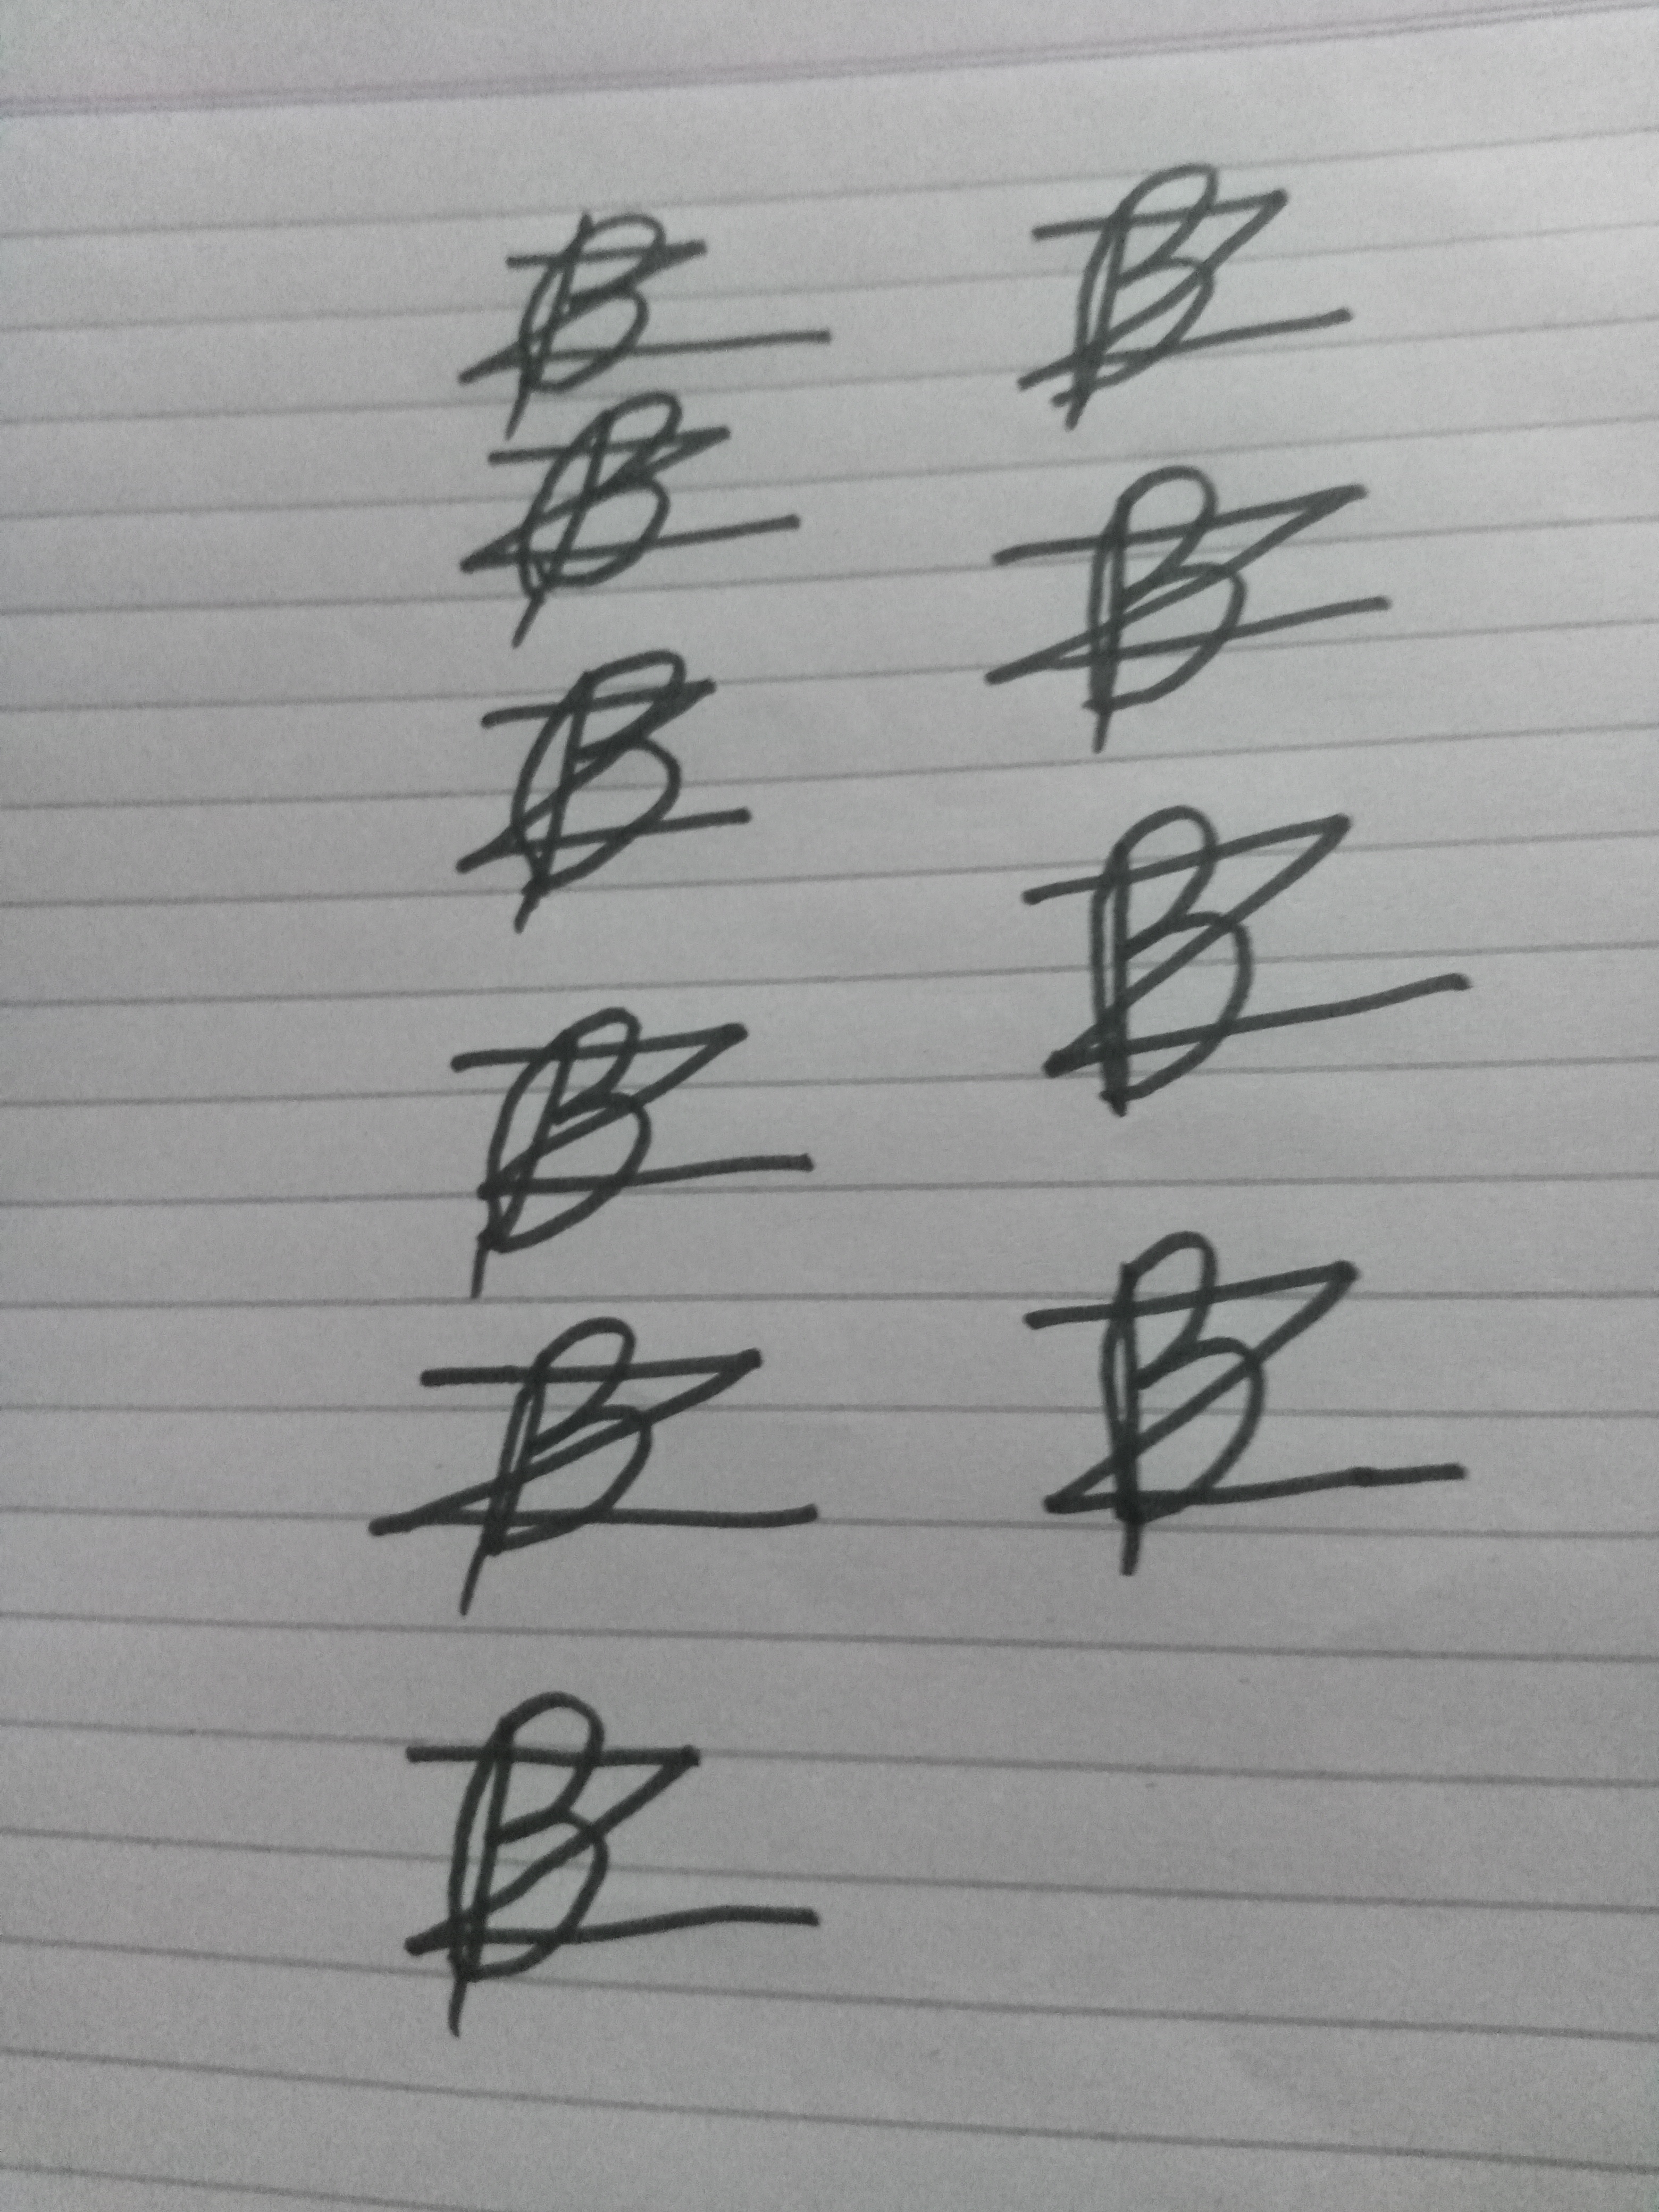
Signature authenticity: forged